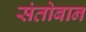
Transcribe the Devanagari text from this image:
संतोबानं